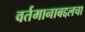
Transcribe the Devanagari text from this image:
वर्तमानाबद्दलचा